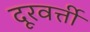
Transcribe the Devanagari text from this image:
दूरवर्त्ती